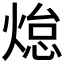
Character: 𭵟